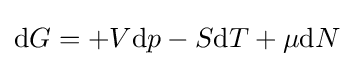
\mathrm {d} G=+V\mathrm {d} p-S\mathrm {d} T+\mu \mathrm {d} N